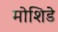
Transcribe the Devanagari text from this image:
मोशिडे